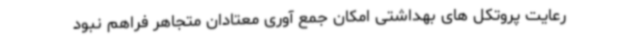
رعایت پروتکل های بهداشتی امکان جمع آوری معتادان متجاهر فراهم نبود